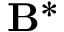
\mathbf { B } ^ { \ast }